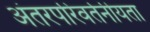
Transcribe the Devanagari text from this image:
अंतरपरिवर्तनीयता